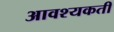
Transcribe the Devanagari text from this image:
आवश्यकती